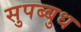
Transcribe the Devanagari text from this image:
सुपब्बुध